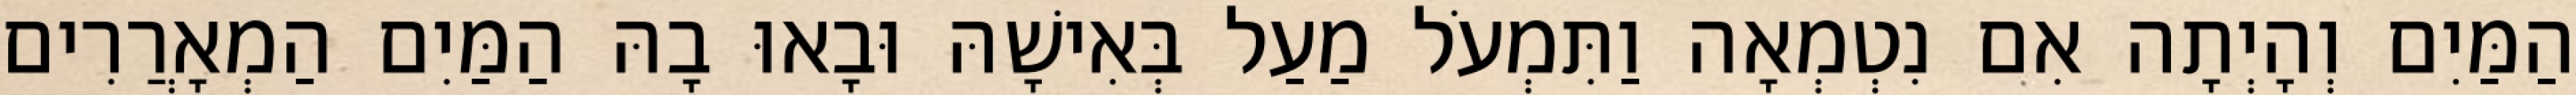
הַמַּיִם וְהָיְתָה אִם נִטְמְאָה וַתִּמְעֹל מַעַל בְּאִישָׁהּ וּבָאוּ בָהּ הַמַּיִם הַמְאָרֲרִים